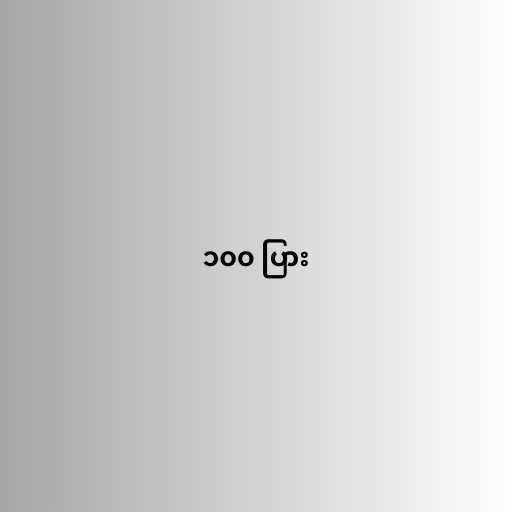
၁၀၀ ပြား